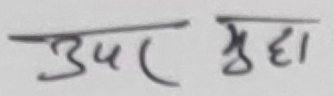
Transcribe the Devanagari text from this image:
उपर मुद्धा